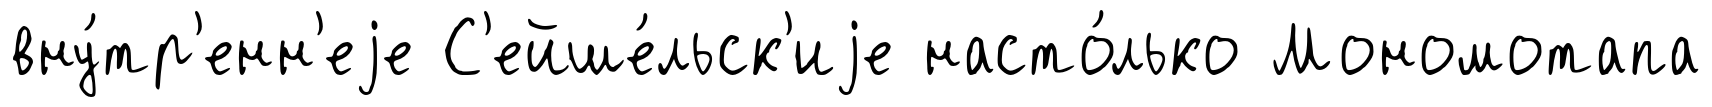
вну́тр'енн'еjе С'ейше́льск'иjе насто́лько Мономотапа